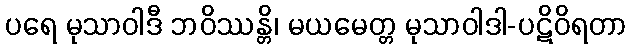
ပရေ မုသာဝါဒီ ဘဝိဿန္တိ၊ မယမေတ္တ မုသာဝါဒါ-ပဋိဝိရတာ